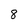
Character: 8